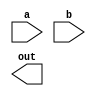
`timescale 1ns/1ps

module Universal_Gate(a, b, out);
input a, b;
output out;

endmodule